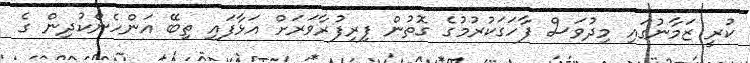
ކުރީ ޒަމާނުގައި މިދުވަސް ފާހަގަކުރުމުގެ ގޮތުން ފިރިފުރާވަރަށް އަޅާފައި ތިބޭ އަންހެންކުދިން ގެ